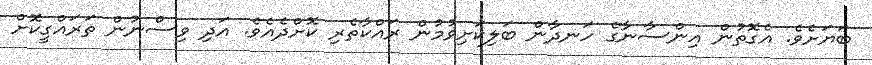
ބަޔަށެވެ. އެގޮތުން އިންސާނާގެ ހަނދާން ބަލިކަށިވުމުން ރައްކާތެރި ކޮށްދެއެވެ. އަދި ވިސްނުން ތަރައްގީކޮށް